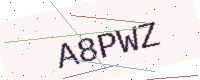
Text: A8PWZ